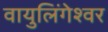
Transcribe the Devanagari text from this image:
वायुलिंगेश्वर